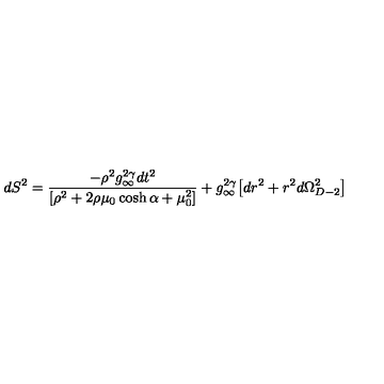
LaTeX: d S ^ { 2 } = \frac { - \rho ^ { 2 } g _ { \infty } ^ { 2 \gamma } d t ^ { 2 } } { [ \rho ^ { 2 } + 2 \rho \mu _ { 0 } \cosh \alpha + \mu _ { 0 } ^ { 2 } ] } + g _ { \infty } ^ { 2 \gamma } \bigl [ d r ^ { 2 } + r ^ { 2 } d \Omega _ { D - 2 } ^ { 2 } \bigr ]